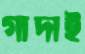
গাদাই